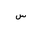
Letter: _sin